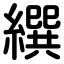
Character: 繏